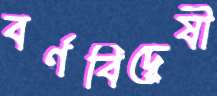
বর্ণবিদ্বেষী